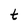
Character: t